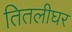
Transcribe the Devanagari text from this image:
तितलीघर